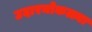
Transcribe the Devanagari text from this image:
उदारमोकळ्या